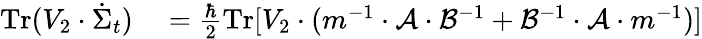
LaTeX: \begin{array}{rl}{\operatorname{Tr}(V_{2}\cdot\dot{\Sigma}_{t})}&{{}=\frac{\hbar}{2}\operatorname{Tr}[V_{2}\cdot(m^{-1}\cdot\mathcal{A}\cdot\mathcal{B}^{-1}+\mathcal{B}^{-1}\cdot\mathcal{A}\cdot m^{-1})]}\end{array}